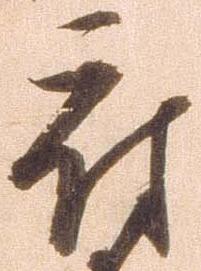
府